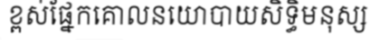
ខ្ពស់ផ្នែកគោលនយោបាយសិទ្ធិមនុស្ស